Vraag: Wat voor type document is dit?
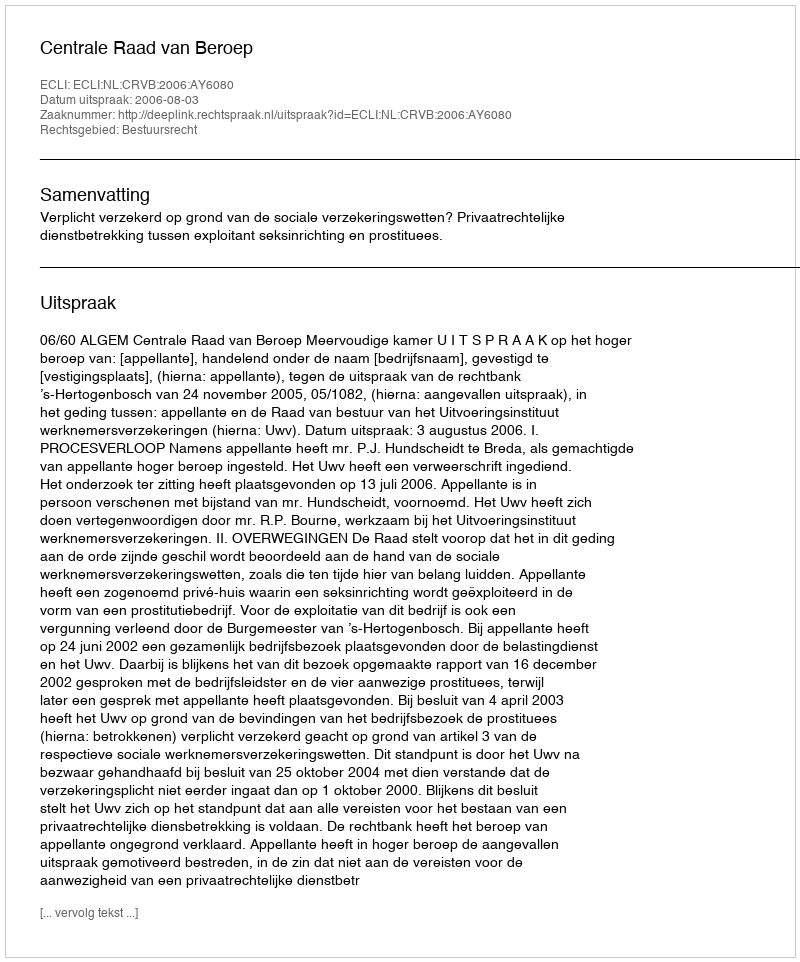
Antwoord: Uitspraak